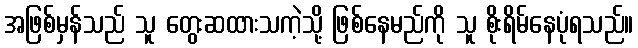
အဖြစ်မှန်သည် သူ တွေးဆထားသကဲ့သို့ ဖြစ်နေမည်ကို သူ စိုးရိမ်နေပုံရသည်။